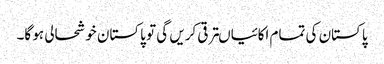
پاکستان کی تمام اکائیاںترقی کریں گی تو پاکستان خوشحالی ہو گا۔